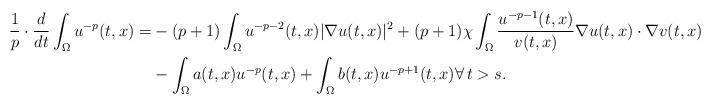
LaTeX: \begin{align*} \frac{1}{p} \cdot \frac{d}{dt} \int_{\Omega} u^{-p}(t,x)= & -(p+1)\int_{\Omega} u^{-p-2}(t,x)|\nabla u(t,x)|^2 + (p+1) \chi \int_{\Omega} \frac{u^{-p-1}(t,x)}{v(t,x)}\nabla u (t,x)\cdot \nabla v(t,x) \\&- \int_{\Omega} a(t,x) u^{-p} (t,x)+ \int_{\Omega} b(t,x) u^{-p+1}(t,x)\forall\, t>s.\end{align*}